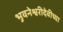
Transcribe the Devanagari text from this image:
भुवनेश्वरीदेवीच्या